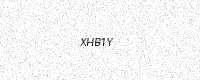
Text: XHB1Y